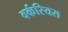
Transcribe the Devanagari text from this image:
वर्करियस